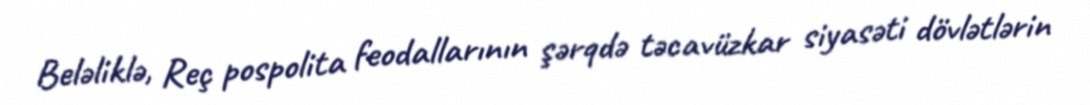
Beləliklə, Reç pospolita feodallarının şərqdə təcavüzkar siyasəti dövlətlərin